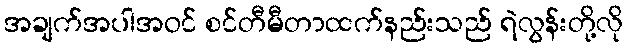
အချက်အပါအဝင် စင်တီမီတာထက်နည်းသည် ရဲလွန်းတို့လို